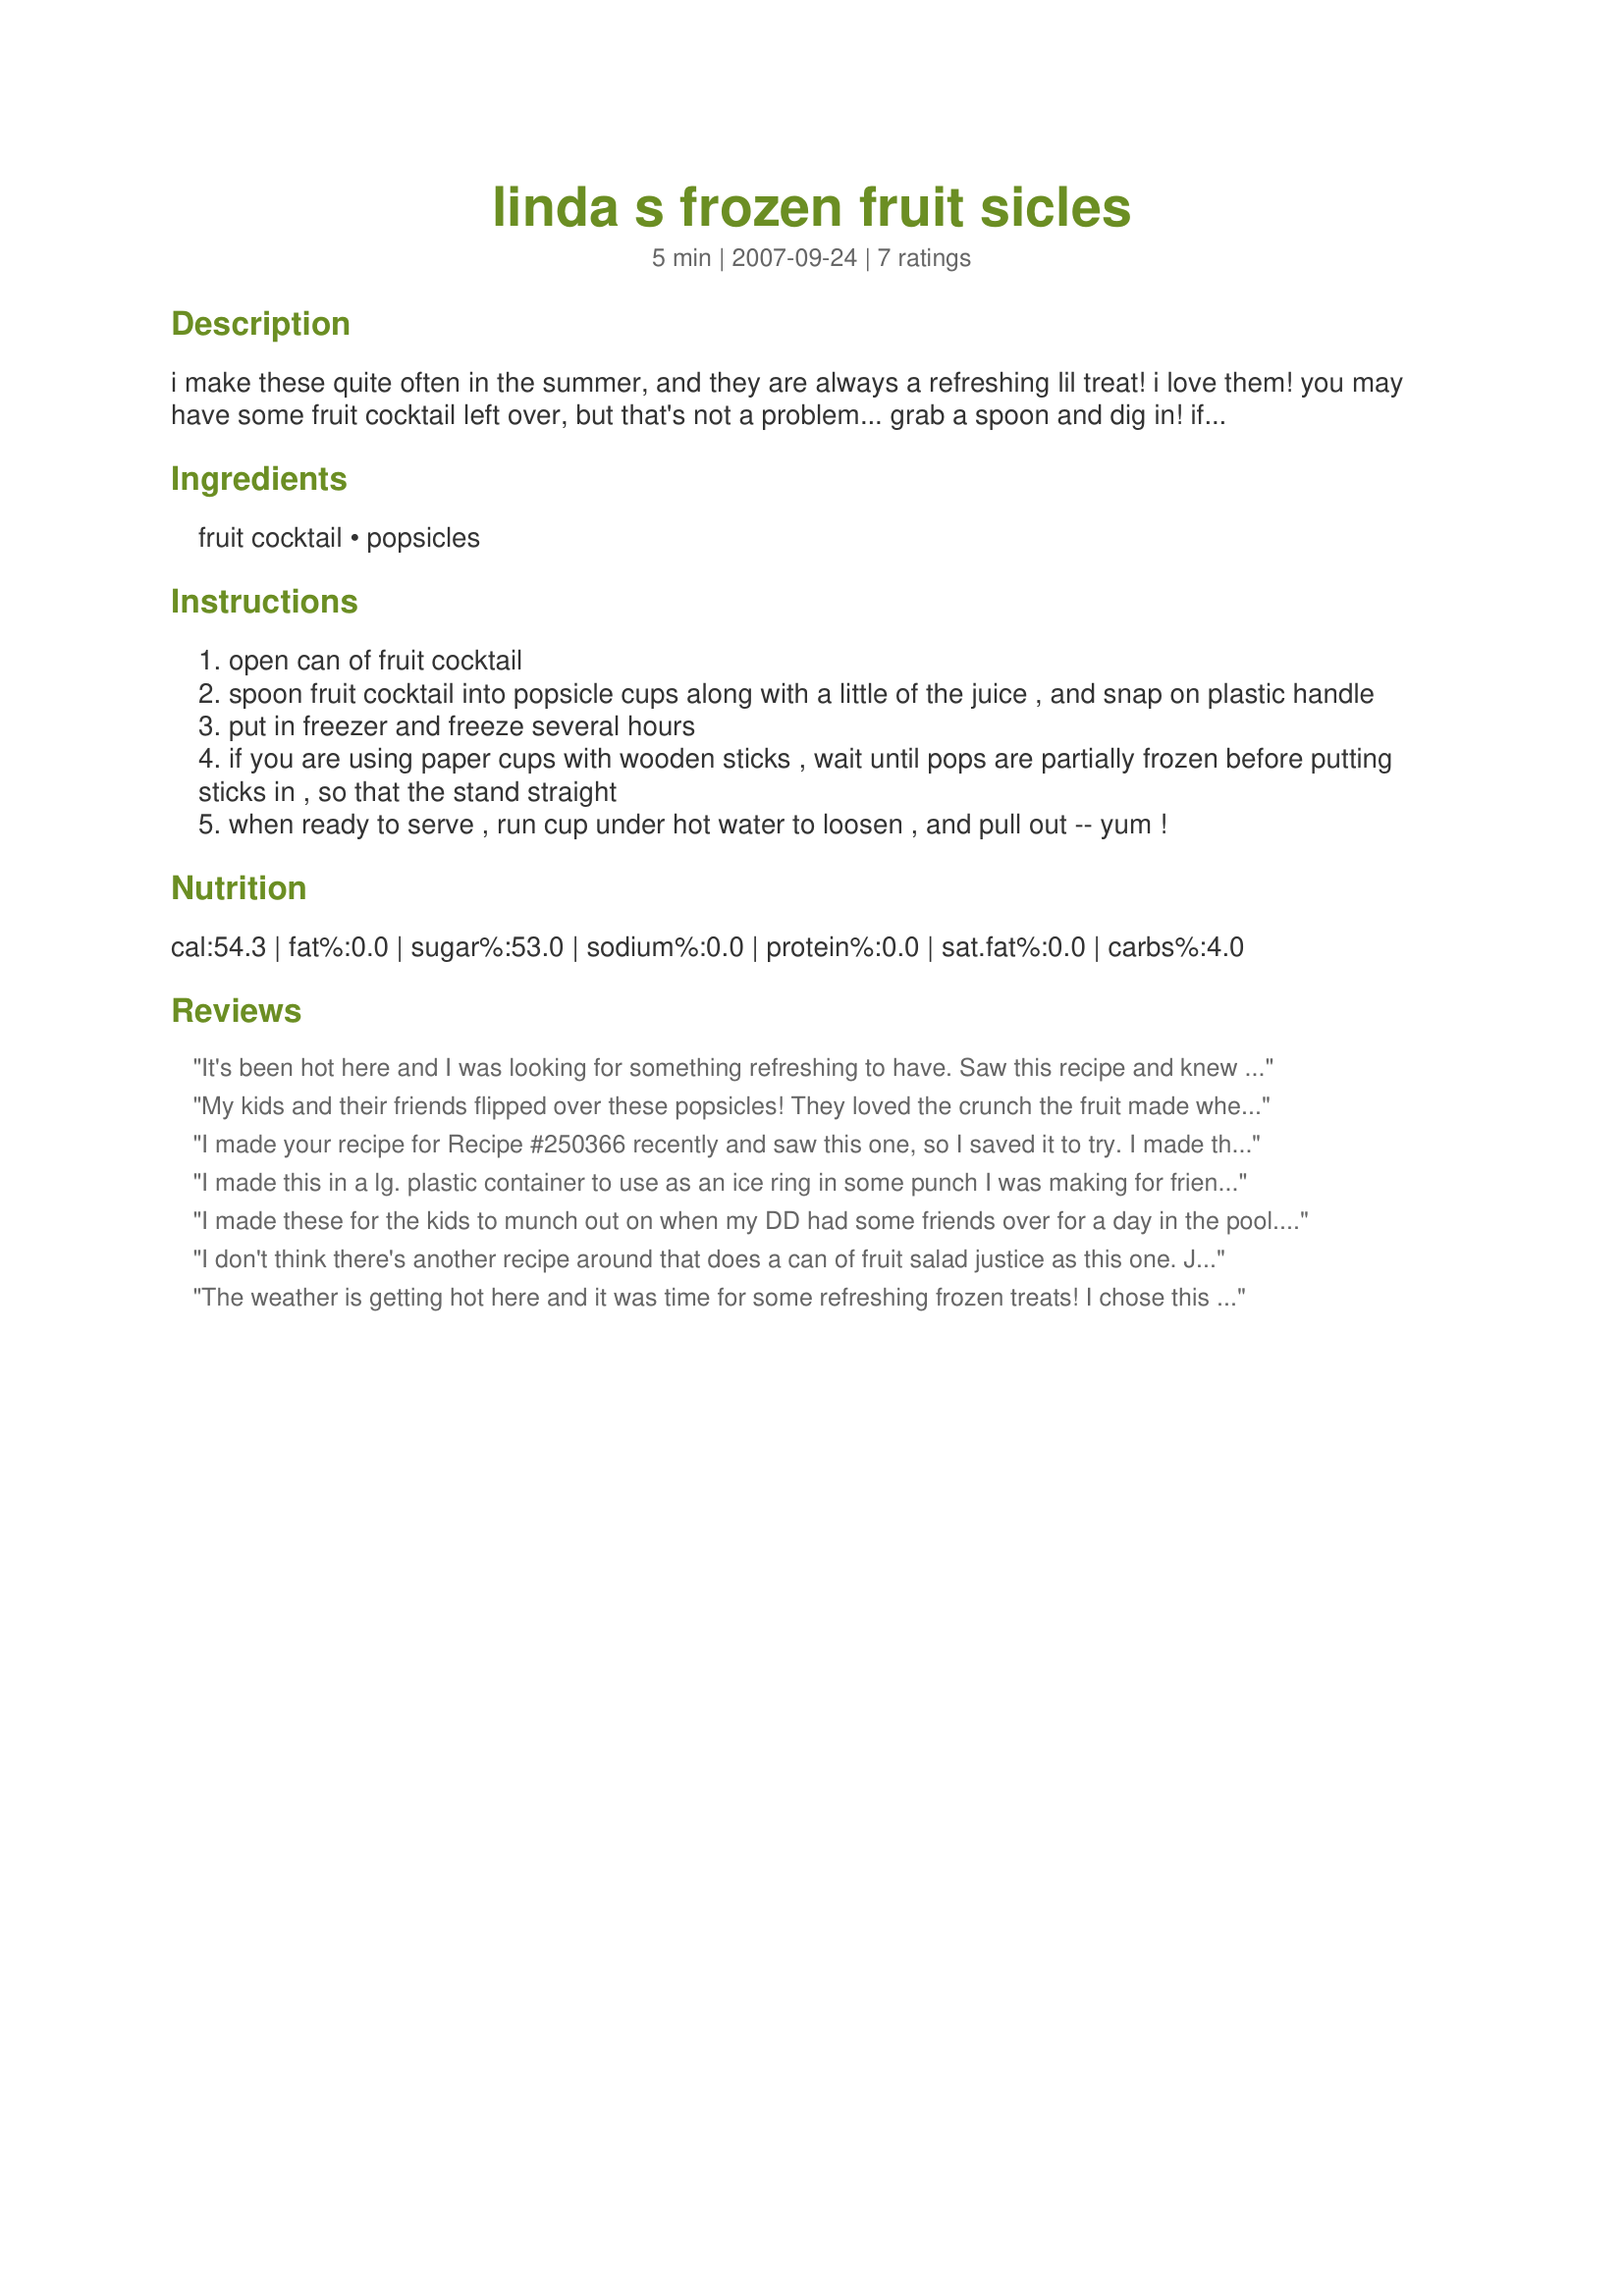
linda s frozen fruit sicles
Preparation time: 5 minutes

i make these quite often in the summer, and they are always a refreshing lil treat! i love them! you may have some fruit cocktail left over, but that's not a problem... grab a spoon and dig in! if using tupperware popsicle cups, make sure you leave enough room to push down the cover, so the juice doesn't drip out over the edge, when you press down the cover.

Ingredients:
fruit cocktail, popsicles

Steps:
open can of fruit cocktail
spoon fruit cocktail into popsicle cups along with a little of the juice , and snap on plastic handle
put in freezer and freeze several hours
if you are using paper cups with wooden sticks , wait until pops are partially frozen before putting sticks in , so that the stand straight
when ready to serve , run cup under hot water to loosen , and pull out -- yum !

Reviews:
It's been hot here and I was looking for something refreshing to have. Saw this recipe and knew I had to make it. I am so glad I did, because I love the idea all you have to do it throw some fruit cocktail in ice cube trays, dixie cups is what I used with sticks, or popsicle holders, and when they are frozen you just pop them out and eat them. Great for the kids too, and after all we are all just big kids aren't we? :) Try em, and you'll be fighting the kids for the last one!
My kids and their friends flipped over these popsicles! They loved the crunch the fruit made when they bit into them. We quickly went through all the pops, so next time I will make a double batch. Not as bad for them as lots of other snacks, and and at least they are getting fruit! I tried one and they really are cool and refreshing and yes, yummy!
I made your recipe for Recipe #250366 recently and saw this one, so I saved it to try. I made these and all I can say, is they may become a staple in my freezer! I found myself going to the freezer several times just in the afternoon! These are what I now call Pleasure Pops! I love the flavor of the juice in the cocktail and the nice crunch from the fruit is so good too! I never would have thought these would be as good as they are, but my neighbor had one and said, "You could package these up and sell em in the store!"
I made this in a lg. plastic container to use as an ice ring in some punch I was making for friends coming over to watch movies. It was really great and everyone munched on the fruit as they drank their drinks. I can't wait to have these as popsicles, as I LOVE frozen grapes and I know I will love these too, especially when it's hot and I feel like having something cool to cool me down!
I made these for the kids to munch out on when my DD had some friends over for a day in the pool. The kids thought they were wonderful! I made a double batch so there would be plenty and they were gone by suppertime! Guess you could say they were a BIG HIT here! These are so refreshing during the hot weather, and only take a couple of minutes to throw together. Sometimes we have a hard time waiting for them to freeze though. We want them NOW! Thanks for sharing!
I don't think there's another recipe around that does a can of fruit salad justice as this one. Just ask my grandkids.
The weather is getting hot here and it was time for some refreshing frozen treats! I chose this one to make as it sounded so simple and we love fruit cocktail! It was a great treat for us, and so easy to make! I made up some in ice cube trays too, so I can have them in my Sangria. Can't wait to try that!
